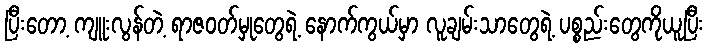
ပြီးတော့ ကျူးလွန်တဲ့ ရာဇဝတ်မှုတွေရဲ့ နောက်ကွယ်မှာ လူချမ်းသာတွေရဲ့ ပစ္စည်းတွေကိုယူပြီး